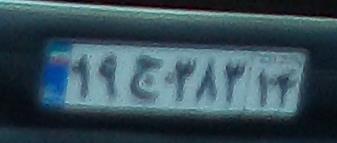
۱۹ج۳۸۳۱۴